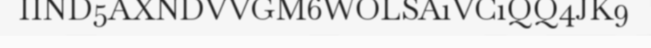
IIND5AXNDVVGM6WOLSA1VC1QQ4JK9